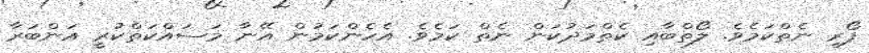
ފޯރި ނެތްކަމެވެ. ލޯތްބާއި ކެތްމަދުކަން ނެތް ކަމެވެ. އެހެންކަމުން އޭނާ މަސައްކަތްކުރީ އަންބަރާ